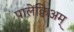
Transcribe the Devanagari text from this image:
पालेंक्विअम्‌